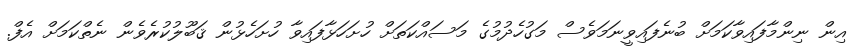
އިން ނިންމާފައިވާކަމަށް ބުނެފައިވީނަމަވެސް މަގުހެދުމުގެ މަސައްކަތަށް ހުށަހަޅާފައިވާ ހުށަހެޅުން ޤަބޫލުކުރެވެން ނެތްކަމަށް އެފް.